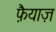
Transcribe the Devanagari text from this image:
फ़ैयाज़